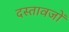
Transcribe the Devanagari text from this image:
दस्तावजों